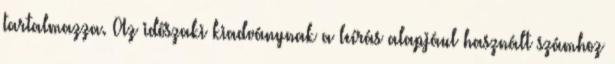
tartalmazza. Az időszaki kiadványnak a leírás alapjául használt számhoz